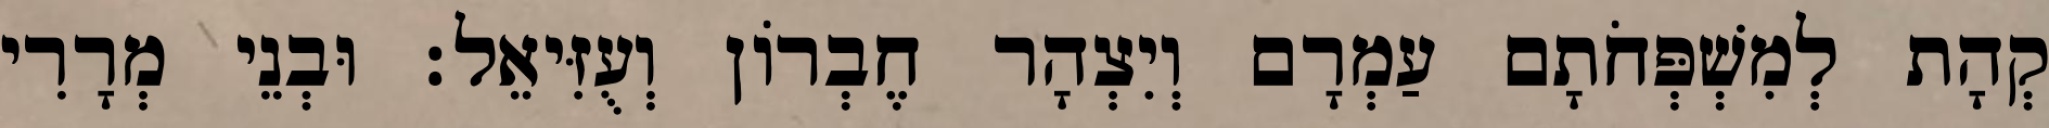
קְהָת לְמִשְׁפְּחֹתָם עַמְרָם וְיִצְהָר חֶבְרוֹן וְעֻזִּיאֵל׃ וּבְנֵי מְרָרִי